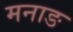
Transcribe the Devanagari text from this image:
मनाङ